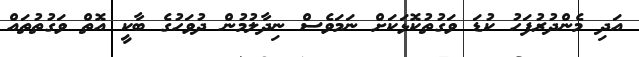
އަދި މެންދުރުފަހު ކުޑަ ވަގުތުކޮޅަކަށް ނަމަވެސް ނިދާލުމުން ދުވަހުގެ ބާކީ އޮތް ވަގުތުތައް